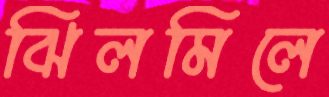
ঝিলমিলে